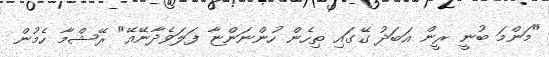
"މަންމަ ބުނީ ރީން އަބަދު ގޭގައި ތިހެން ހުންނަންޏާ ފަލަވެދާނޭއޭ" ރޭޝްމާ ހެމުން